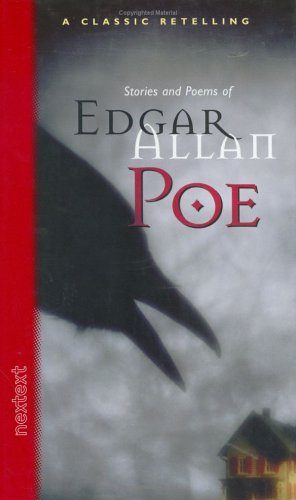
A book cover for McDougal Littell Nextext: Stories & Poems Of Edgar Allan Poe Grades 6-12 2001; MCDOUGAL LITTEL; Teen & Young Adult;